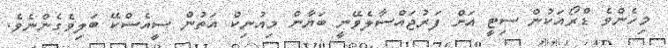
މިހެންވެ ޑްރޯއަކުން ސިޓީ އަށް ފަރުޖައްސާލެވޭނީ ބަޔާން މިއުނިކް އަތުން ސީއެސްކޭ ބަލިވެގެންނެވެ.